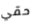
حقي